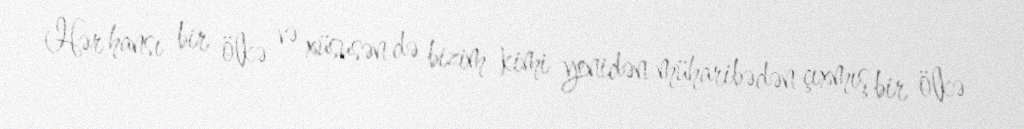
Hər hansı bir ölkə və xüsusən də bizim kimi yenidən müharibədən çıxmış bir ölkə